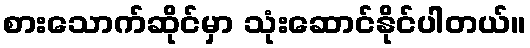
စားသောက်ဆိုင်မှာ သုံးဆောင်နိုင်ပါတယ်။